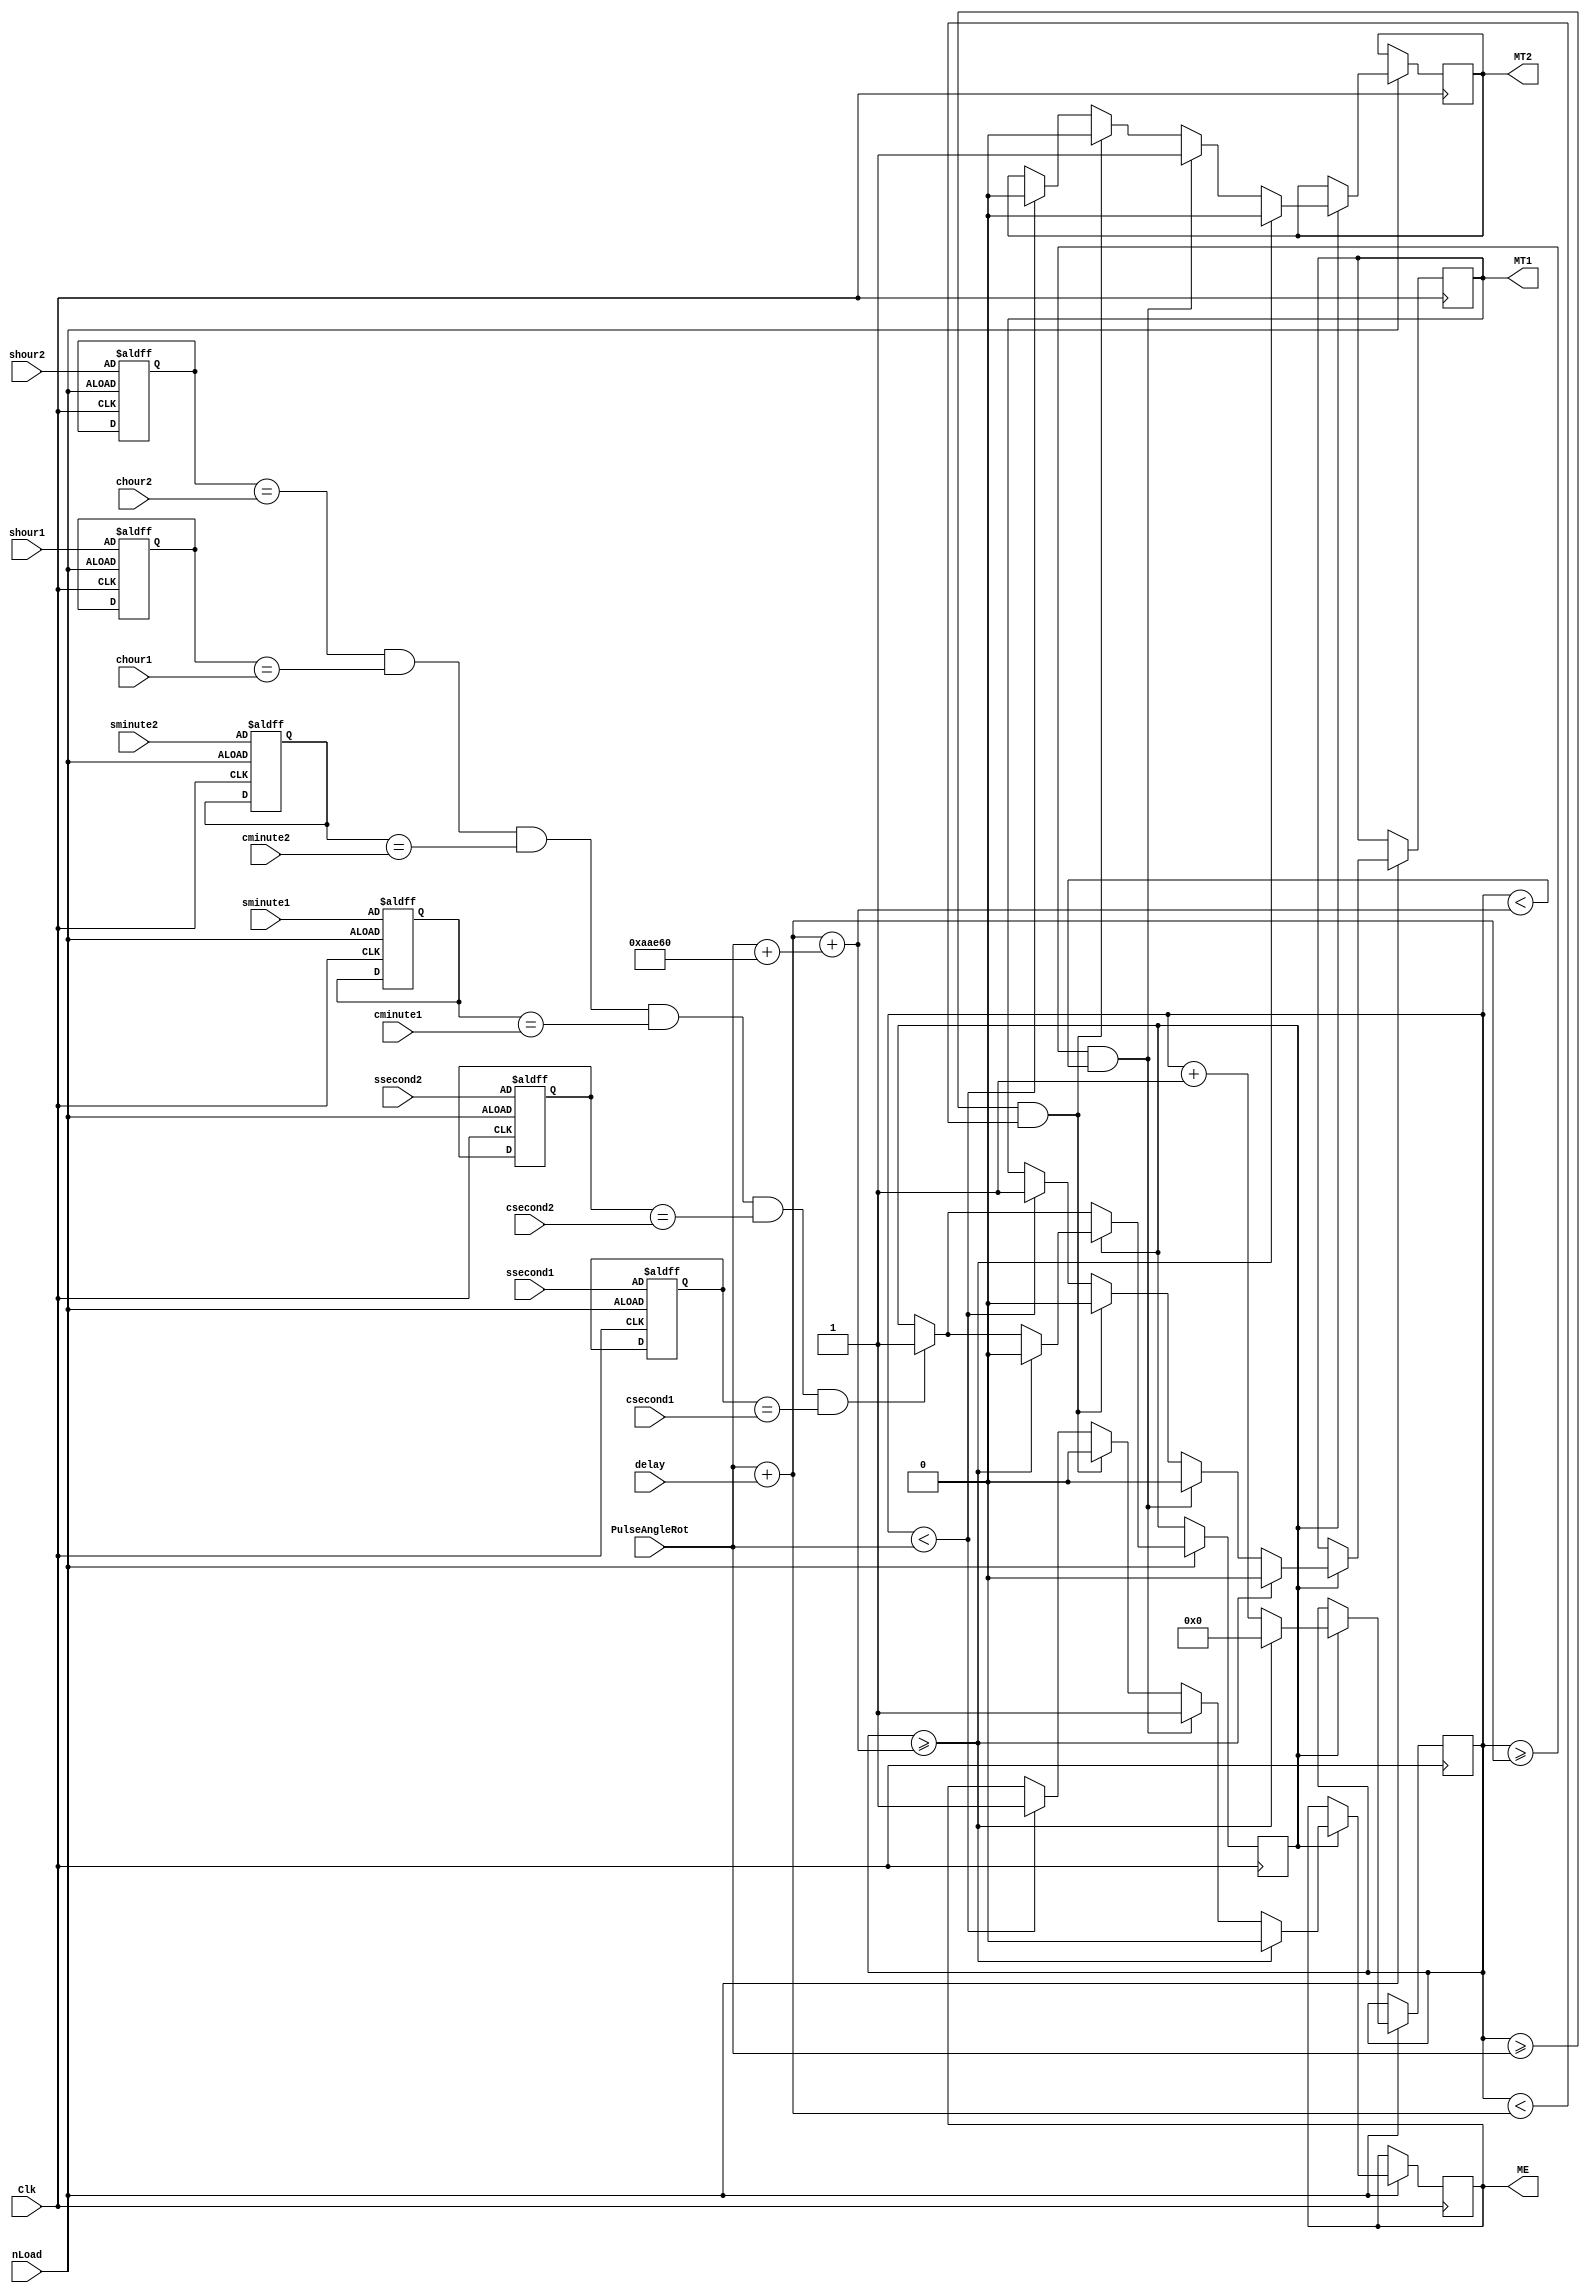
module executer (
	input Clk, nLoad,
	input [31:0] delay, PulseAngleRot,
	input [3:0] shour2, shour1, sminute2, sminute1, ssecond2, ssecond1, 
	input [3:0] chour2, chour1, cminute2, cminute1, csecond2, csecond1,
	output reg ME, MT1, MT2);
	
	reg [3:0] thour2 = 3, thour1, tminute2, tminute1, tsecond2, tsecond1;//temporary
	
	reg [31:0] count = 0;
	reg active = 0;
	initial begin
	ME <= 0; MT1 <= 0; MT2 <= 0;
	end
	
	always @ (posedge Clk, negedge nLoad)
	begin
	if (~nLoad)
	begin
		thour2 <= shour2; thour1 <= shour1; tminute2 <= sminute2; tminute1 <= sminute1; tsecond2 <= ssecond2; tsecond1 <= ssecond1;
	end
	else
	begin
	if((thour2 == chour2)&(thour1 == chour1)&(tminute2 == cminute2)&(tminute1 == cminute1)&(tsecond2 == csecond2)&(tsecond1 == csecond1))
		active <= 1;
	if(active)
		begin
		count <= count + 1;
		//open the plate
		if (count < PulseAngleRot) begin
			ME <= 1; MT1 <= 1; MT2 <= 0;
			end
		//delay the plate
		if((count >= PulseAngleRot) & (count < (PulseAngleRot + delay))) begin
			ME <= 0; MT1 <= 0; MT2 <= 0;
			end
		//close the plate
		if((count >= (PulseAngleRot + delay)) & (count <(PulseAngleRot + delay + (PulseAngleRot + 700000) ))) begin
			ME <= 1; MT1 <= 0; MT2 <= 1;
			end
		//reset count, active and make everything ready for next activation
		if(count >= (PulseAngleRot + delay + (PulseAngleRot + 700000))) begin
			ME <= 0; MT1 <= 0; MT2 <= 0;
			count <= 0; 
			active <= 0;
			end
		end
	end
	end
endmodule